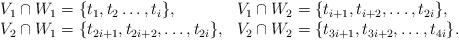
LaTeX: \begin{align*}\begin{array}{lll}&V_1\cap W_1=\{t_1,t_{2}\ldots,t_i \}, &V_1\cap W_2=\{t_{i+1},t_{i+2},\ldots,t_{2i} \}, \\&V_2\cap W_1=\{t_{2i+1},t_{2i+2},\ldots,t_{2i}\},& V_2\cap W_2=\{t_{3i+1},t_{3i+2},\ldots,t_{4i} \}. \end{array} \end{align*}